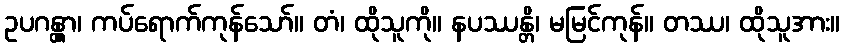
ဥပဂန္တွာ၊ ကပ်ရောက်ကုန်သော်။ တံ၊ ထိုသူကို။ နပဿန္တိ၊ မမြင်ကုန်။ တဿ၊ ထိုသူအား။